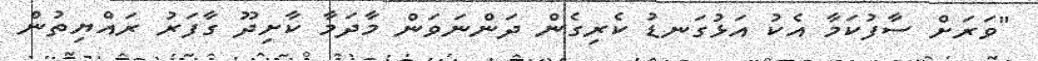
"ވަރަށް ސާފުކަމާ އެކު އަޅުގަނޑު ކެރިގެން ދަންނަވަން މާދަމާ ކާށިދޫ ގާފަރު ރައްޔިތުން